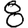
Digit: 8